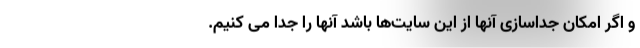
و اگر امکان جداسازی آنها از این سایت‌ها باشد آنها را جدا می کنیم.